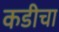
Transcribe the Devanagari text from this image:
कडीचा